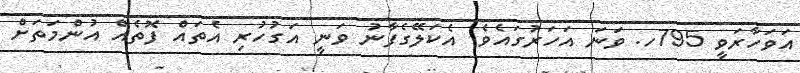
އަވަހާރަވީ 795ހ. ވަނަ އަހަރުގައެވެ. އެކަލޭގެފާނު ވަނީ އަގުހުރި އެތައް ފޮތެއް އުންމަތަށް